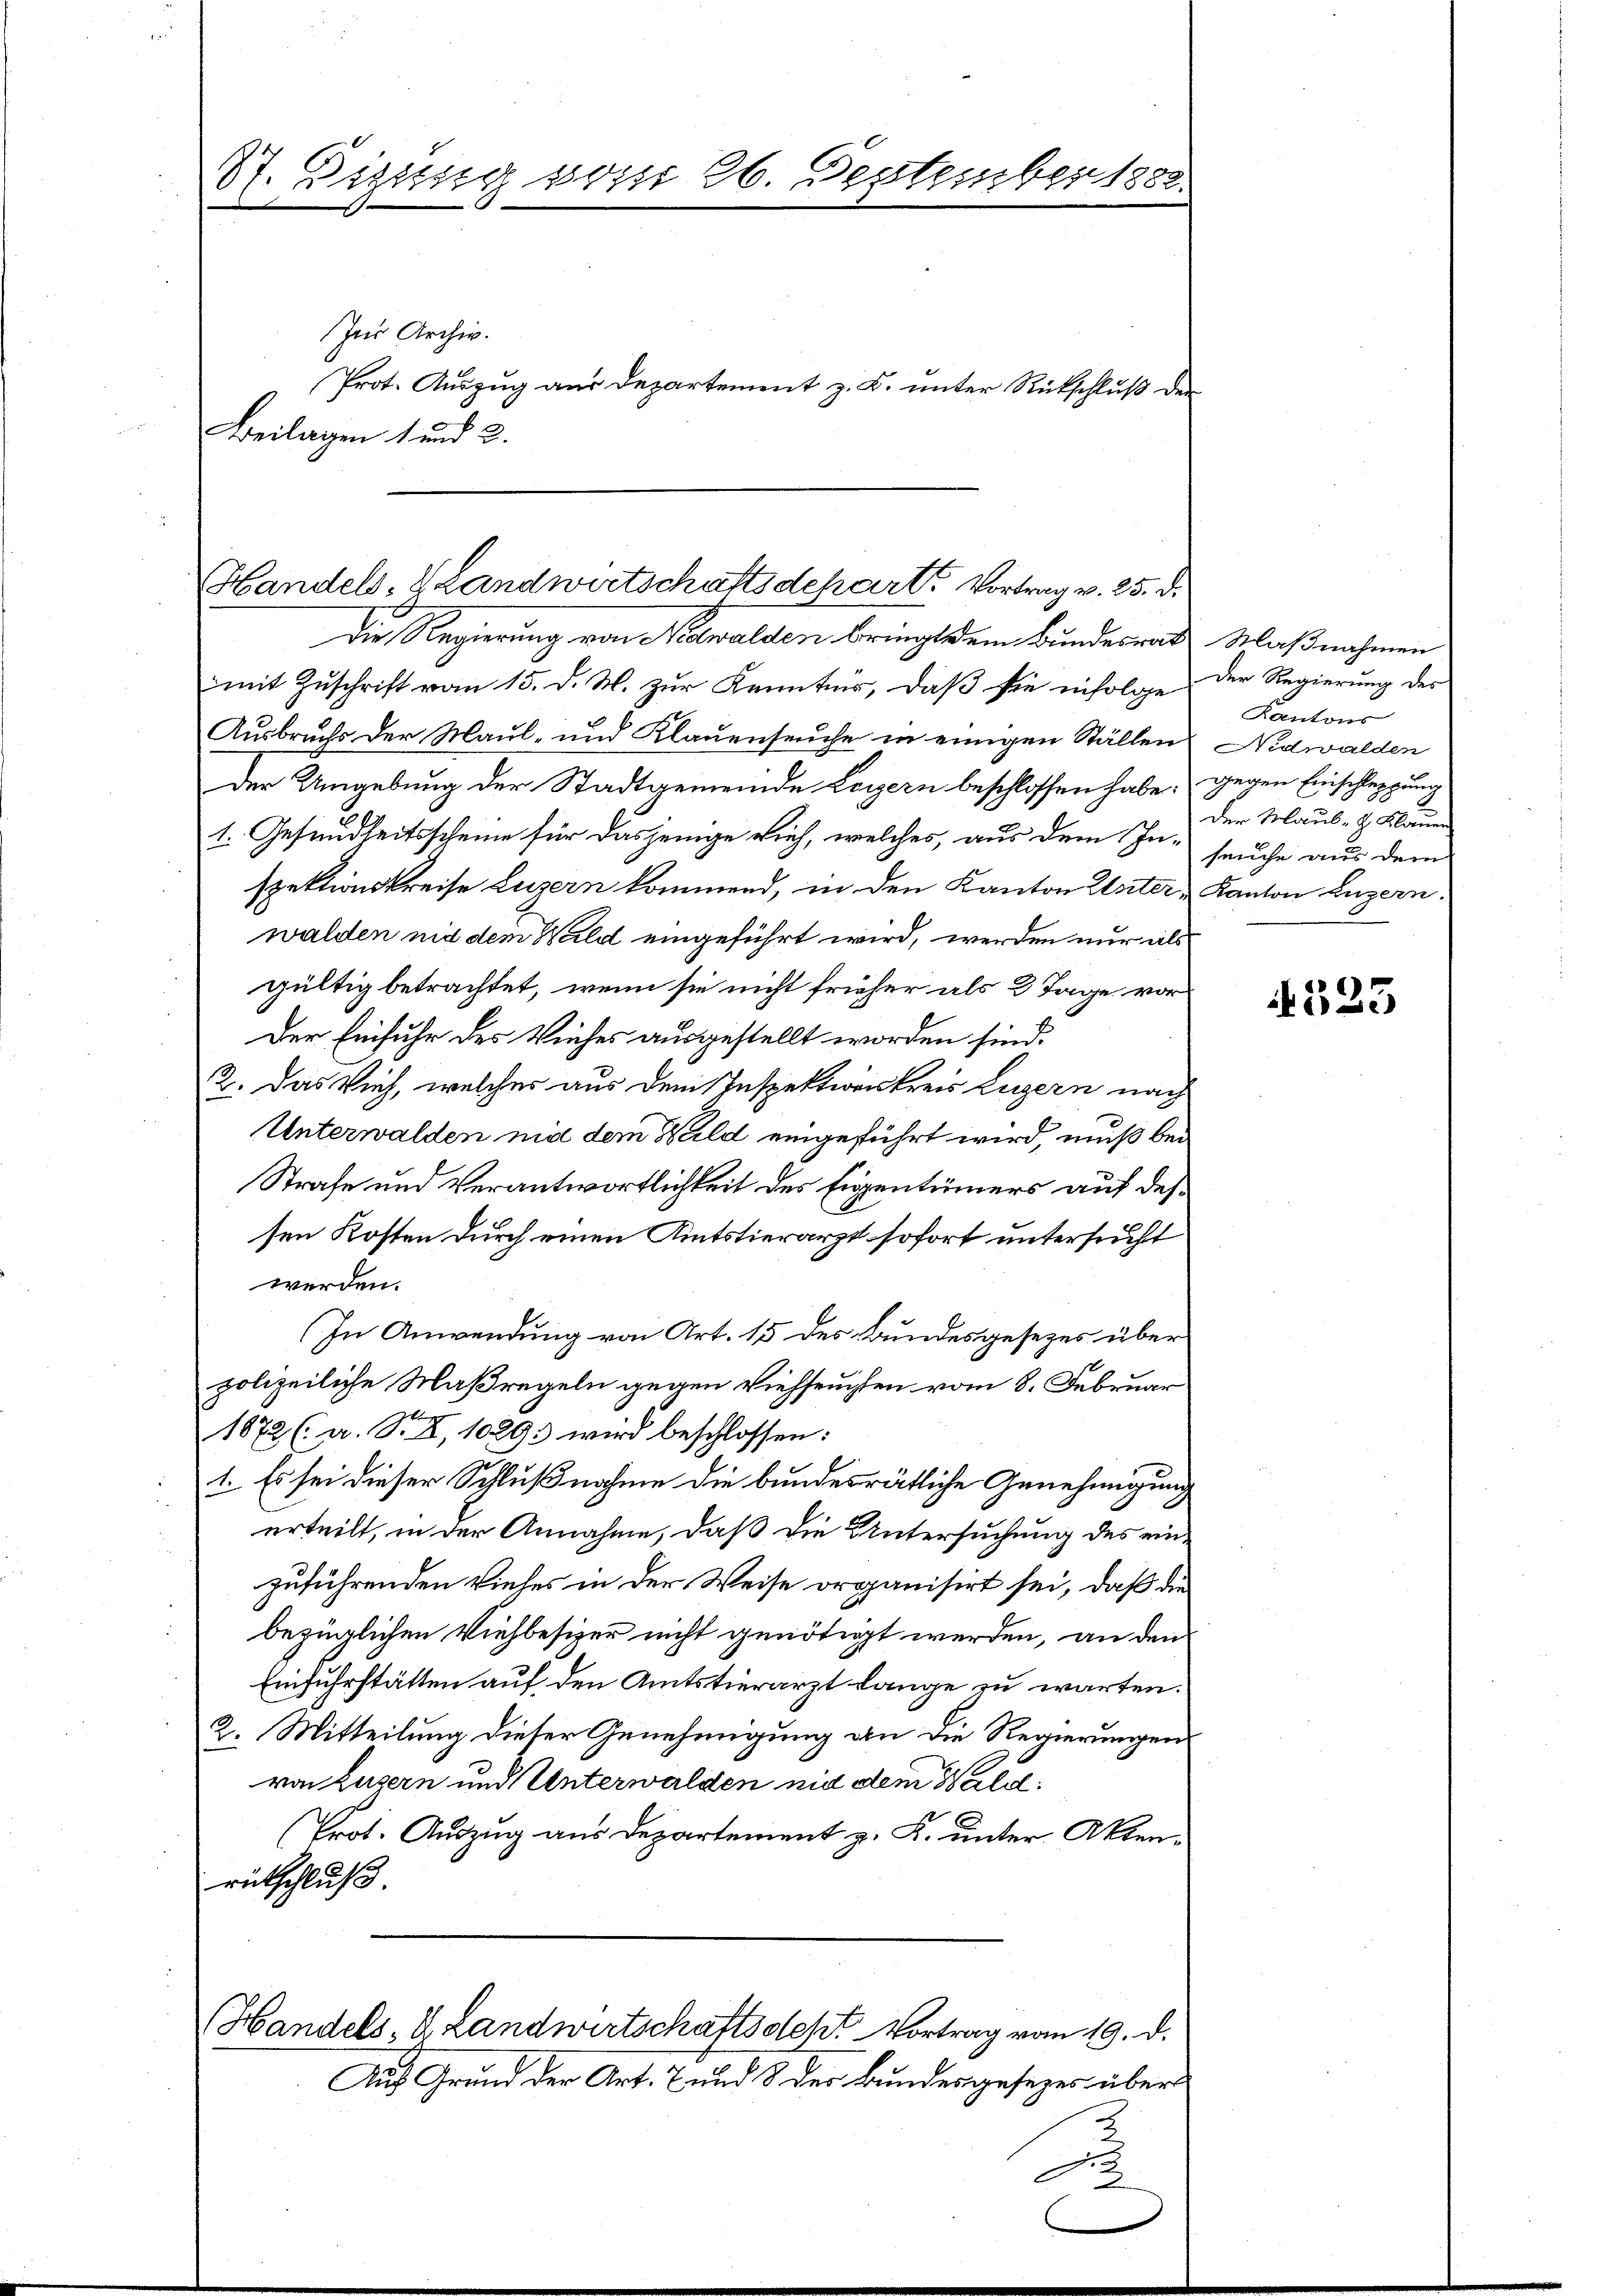
87. Digung vom 26. September 1888.

In Archiv.
Beilagen 1 und 2.

Prot. Auszug aus Departement z. B. unter Rückschluß der

Handels- & Landwirtschaftsdeparte Vortrag v. 25. d.

Die Regierung von Nidwalden bringt sein Bundesrath Maßnahmen
mit Zuschrift vom 15. d. M. zur Kenntnis, daß sie infolge. Der Regierung des
Ausbruchs der Maul- und Klauenseuche in einigen Ställen
Der Umgebung der Stadtgemeinde Legern beschlossen habe.
1. Gesundheitsscheine für dasjenige vieh, welches, aus dem Inspektionskreise Luzern kommend, in den Kanton Unterwalden mit dem Wald eingeführt wird, werden nur als
gültig betrachtet, wenn sie nicht früher als 3 Tage vor
Der Einfuhr des Viehes ausgestellt worden sind.
2. Das Vieh, welches aus dem Inspektionskreis Luzern nach
Unterwalden mit dem Wald eingeführt wird, muß bei
Strafe und Verantwortlichkeit des Eigentümers auf des
sen Kosten durch einen Amtstierarzt sofort untersucht
werden.
(In Anwendung von Art. 15 des Bundesgesezes über
polizeiliche Maßregeln gegen Viehseuchten vom 8. Februar
1872 (a. S. X, 1029: wird beschlossen:
1. Es sei dieser Schlußnahme die bundesrätliche Genehmigung
erteilt, in der Annahme, daß die Untersuchung des einzuführenden Viehes in der Weise organisirt sei, daß die
bezüglichen Viehbesizer nicht genötigt werden, an den
Einfuhrstätten auf den Amtstierarzt lange zu warten.
2. Mitteilung dieser Genehmigung an die Regierungen
von Luzern und Unterwalden mit dem Walse
Prot. Auszug aus Departement z. K. unter Aktenrütschluß
Handels- & Landwirtschaftsdest Vortrag vom 19. d.
Auf Grund der Art. 7 und 8 des Bundesgesezes über

Kantons
Nidwalden
gegen Einschleppung
Der Maul- & Klauen
seuche aus dem
Kanton Luzern.

523